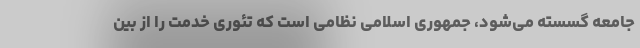
جامعه گسسته می‌شود، جمهوری اسلامی نظامی است که تئوری خدمت را از بین